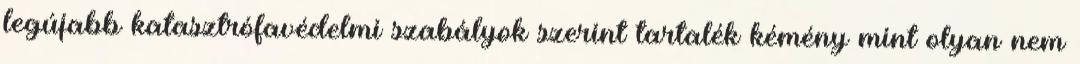
legújabb katasztrófavédelmi szabályok szerint tartalék kémény mint olyan nem